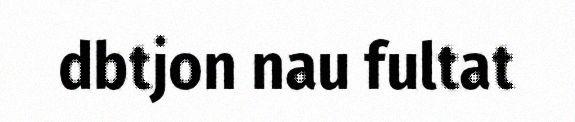
dbtjon nau fultat